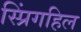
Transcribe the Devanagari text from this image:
स्प्रिंगहिल